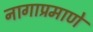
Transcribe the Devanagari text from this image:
नागाप्रमाणे